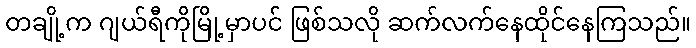
တချို့က ဂျယ်ရီကိုမြို့မှာပင် ဖြစ်သလို ဆက်လက်နေထိုင်နေကြသည်။